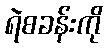
ရဲစခန်းကို